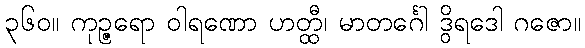
၃၆၀။ ကုဉ္ဇရော ဝါရဏော ဟတ္ထီ၊ မာတင်္ဂေါ ဒွိရဒေါ ဂဇော။